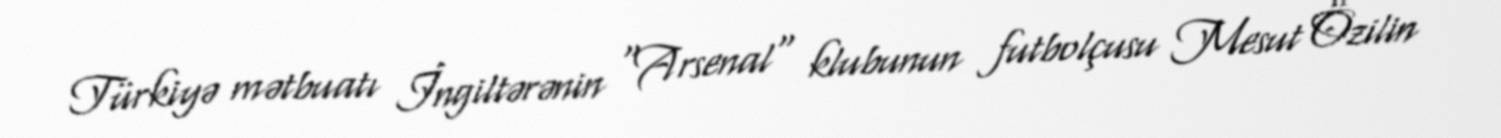
Türkiyə mətbuatı İngiltərənin "Arsenal" klubunun futbolçusu Mesut Özilin